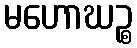
မဟောဃဉ္စ